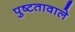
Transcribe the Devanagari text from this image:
पुष्टतावाले